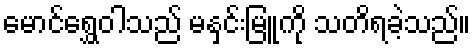
မောင်ရွှေဝါသည် မနှင်းမြူကို သတိရခဲ့သည်။